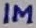
Text: 1M